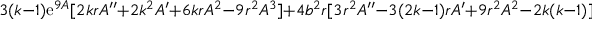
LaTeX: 3 ( k - 1 ) \mathrm { e } ^ { 9 A } [ 2 k r A ^ { \prime \prime } + 2 k ^ { 2 } A ^ { \prime } + 6 k r A ^ { 2 } - 9 r ^ { 2 } A ^ { 3 } ] + 4 b ^ { 2 } r [ 3 r ^ { 2 } A ^ { \prime \prime } - 3 ( 2 k - 1 ) r A ^ { \prime } + 9 r ^ { 2 } A ^ { 2 } - 2 k ( k - 1 ) ] = 0 ,